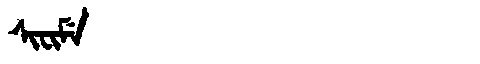
Manchu: ᠰᡳᠸᡳᠮᡝ
Romanization: SIFIME